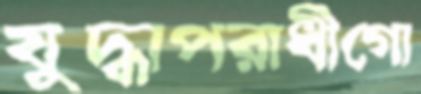
যুদ্ধাপরাধীগো